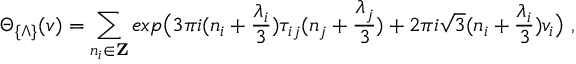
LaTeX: \Theta _ { \{ \Lambda \} } ( v ) = \sum _ { n _ { i } \in { \bf Z } } e x p \bigl ( 3 \pi i ( n _ { i } + \frac { \lambda _ { i } } { 3 } ) \tau _ { i j } ( n _ { j } + \frac { \lambda _ { j } } { 3 } ) + 2 \pi i \sqrt { 3 } ( n _ { i } + \frac { \lambda _ { i } } { 3 } ) v _ { i } \bigr ) \ ,